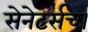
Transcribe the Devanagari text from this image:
सेनेटर्सचा